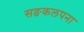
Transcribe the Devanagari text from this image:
सङकलपना